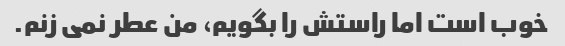
خوب است اما راستش را بگویم، من عطر نمی زنم.